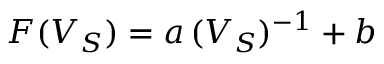
F ( V _ { S } ) = a \, ( V _ { S } ) ^ { - 1 } + b